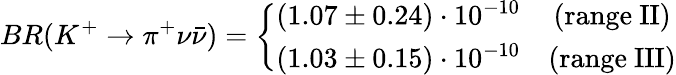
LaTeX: BR(K^{+}\to\pi^{+}\nu\bar{\nu})=\left\{ \begin{array}{rc}{{(1.07\pm 0.24)\cdot 10^{-10}}}&{{(\mathrm{range~II})}}\\ {{(1.03\pm 0.15)\cdot 10^{-10}}}&{{(\mathrm{range~III})}}\end{array}\right.